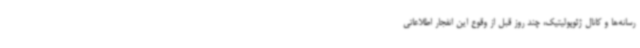
رسانه‌ها و کانال ژئوپولیتیک، چند روز قبل از وقوع این انفجار اطلاعاتی